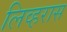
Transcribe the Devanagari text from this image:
लिव्हरास